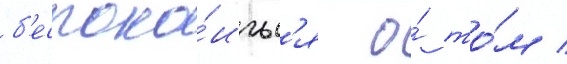
б'еспоко́итьс'я о́ то́м /